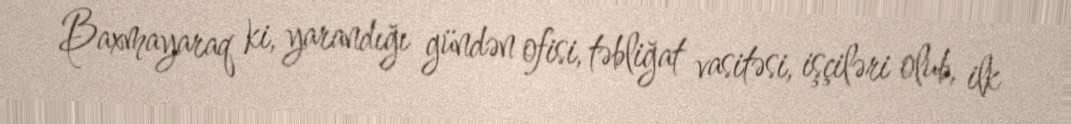
Baxmayaraq ki, yarandığı gündən ofisi, təbliğat vasitəsi, işçiləri olub, ilk